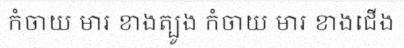
កំចាយ មារ ខាងត្បូង កំចាយ មារ ខាងជើង